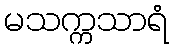
မသက္ကသာရံ